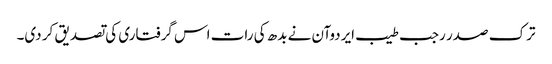
ترک صدر رجب طیب ایردوآن نے بدھ کی رات اس گرفتاری کی تصدیق کر دی۔